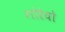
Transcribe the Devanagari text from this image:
गोरेयो